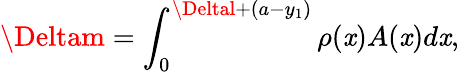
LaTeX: \Deltam=\int_{0}^{\Deltal+(a-y_{1})}\rho(\mathit{x})A(\mathit{x})d\mathit{x},